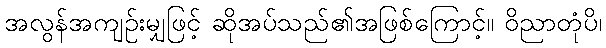
အလွန်အကျဉ်းမျှဖြင့် ဆိုအပ်သည်၏အဖြစ်ကြောင့်။ ဝိညာတုံပိ၊